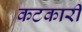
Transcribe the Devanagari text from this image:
कटकारी